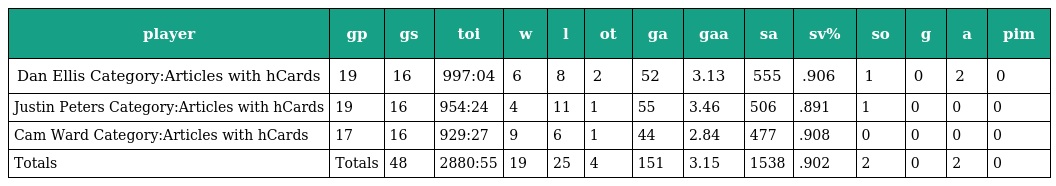
| player | gp | gs | toi | w | l | ot | ga | gaa | sa | sv% | so | g | a | pim |
 | --- | --- | --- | --- | --- | --- | --- | --- | --- | --- | --- | --- | --- | --- | --- |
 | Dan Ellis Category:Articles with hCards | 19 | 16 | 997:04 | 6 | 8 | 2 | 52 | 3.13 | 555 | .906 | 1 | 0 | 2 | 0 |
 | Justin Peters Category:Articles with hCards | 19 | 16 | 954:24 | 4 | 11 | 1 | 55 | 3.46 | 506 | .891 | 1 | 0 | 0 | 0 |
 | Cam Ward Category:Articles with hCards | 17 | 16 | 929:27 | 9 | 6 | 1 | 44 | 2.84 | 477 | .908 | 0 | 0 | 0 | 0 |
 | Totals | Totals | 48 | 2880:55 | 19 | 25 | 4 | 151 | 3.15 | 1538 | .902 | 2 | 0 | 2 | 0 |